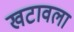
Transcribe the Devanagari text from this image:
खटावला